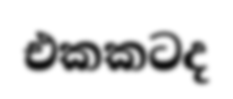
එකකටද